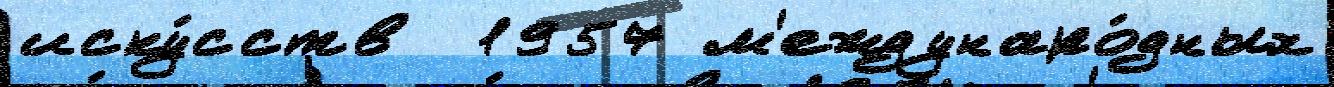
иску́сств  1957 м'еждунаро́дных